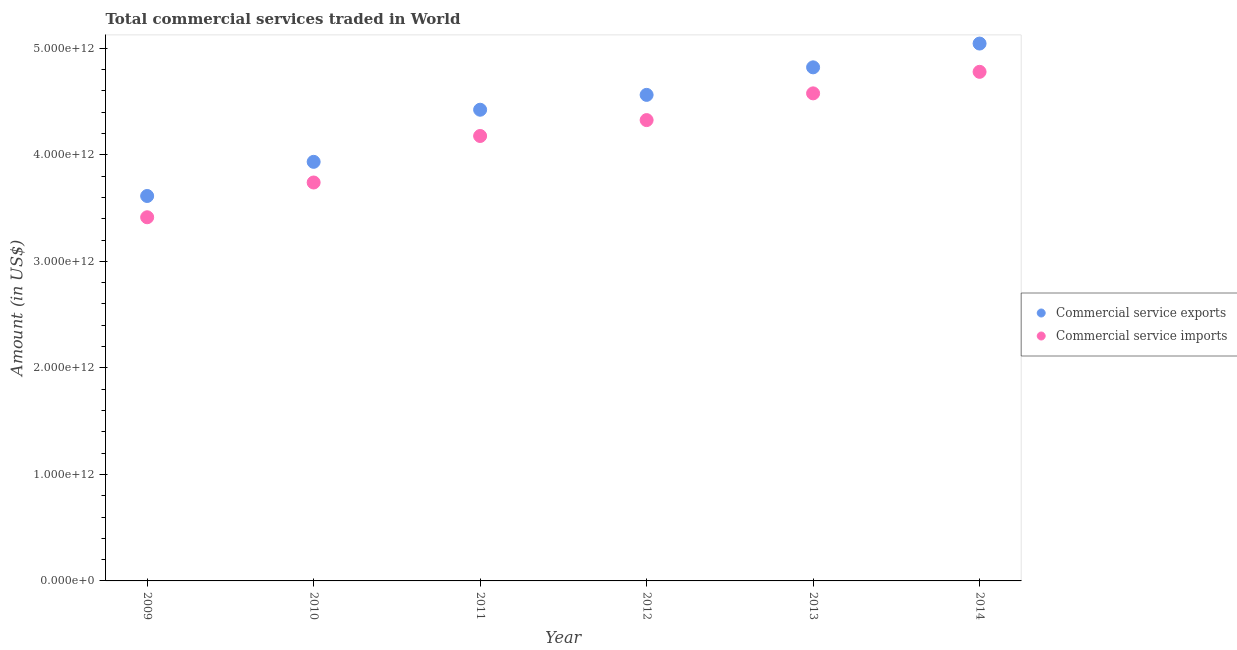
| Year | Commercial service exports | Commercial service imports |
 | --- | --- | --- |
 | 2009 | 3.61e+12 | 3.41e+12 |
 | 2010 | 3.93e+12 | 3.74e+12 |
 | 2011 | 4.42e+12 | 4.18e+12 |
 | 2012 | 4.56e+12 | 4.33e+12 |
 | 2013 | 4.82e+12 | 4.58e+12 |
 | 2014 | 5.04e+12 | 4.78e+12 |